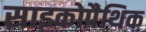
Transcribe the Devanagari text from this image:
साइकोपैथिक